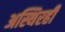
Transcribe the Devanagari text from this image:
अस्थिरही